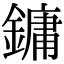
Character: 鏞